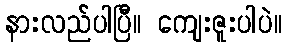
နားလည်ပါပြီ။ ကျေးဇူးပါပဲ။